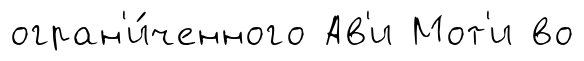
огран'и́ченного Ав'и Мот'и во